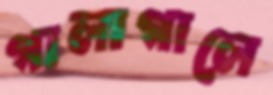
গালাগালে